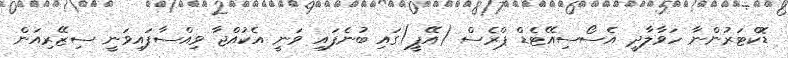
ޑޮކްޓަރުންނާ ހަވާލާދީ އެސޯސިއޭޓެޑް ޕްރެސް (އޭޕީ)ގައި ބުނެފައި ވަނީ އެކުއްޖާ ވިއްސާފައިވަނީ ސިޒޭރިއަން